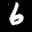
Label: 6